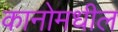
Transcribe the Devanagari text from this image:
कानोमधील